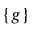
\{ g \}